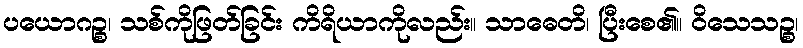
ပယောဂဉ္စ၊ သစ်ကိုဖြတ်ခြင်း ကိရိယာကိုလည်း။ သာဓေတိ၊ ပြီးစေ၏။ ဝိသေသဉ္စ၊